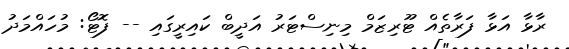
ރާޅާ އަޅާ ފަރާތެއް ޓޫރިޒަމް މިނިސްޓަރު އަދީބް ކައިރީގައި -- ފޮޓޯ: މުހައްމަދު